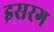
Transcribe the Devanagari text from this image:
इसरग